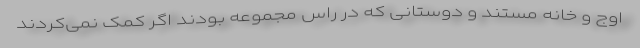
اوج و خانه مستند و دوستانی که در راس مجموعه بودند اگر کمک نمی‌کردند